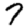
Digit: 7